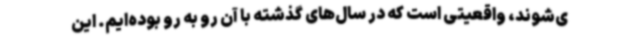
ی‌شوند، واقعیتی است که در سال‌های گذشته با آن رو به رو بوده‌ایم. این